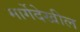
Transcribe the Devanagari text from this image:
मार्गेदेखील